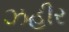
ઝહીર